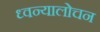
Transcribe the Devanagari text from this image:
ध्वन्यालोचन